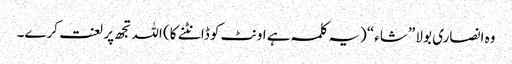
وہ انصاری بولا ”شاء“ (یہ کلمہ ہے اونٹ کو ڈانٹنے کا) اللہ تجھ پر لعنت کرے۔